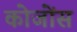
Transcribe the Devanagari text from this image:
कोजोंस